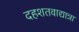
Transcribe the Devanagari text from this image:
दहशतवाद्यान्ना